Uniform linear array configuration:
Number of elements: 64
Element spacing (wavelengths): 1
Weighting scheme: exponential
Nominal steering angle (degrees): -30
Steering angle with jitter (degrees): -29.792
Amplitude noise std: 0.05
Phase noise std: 0.05

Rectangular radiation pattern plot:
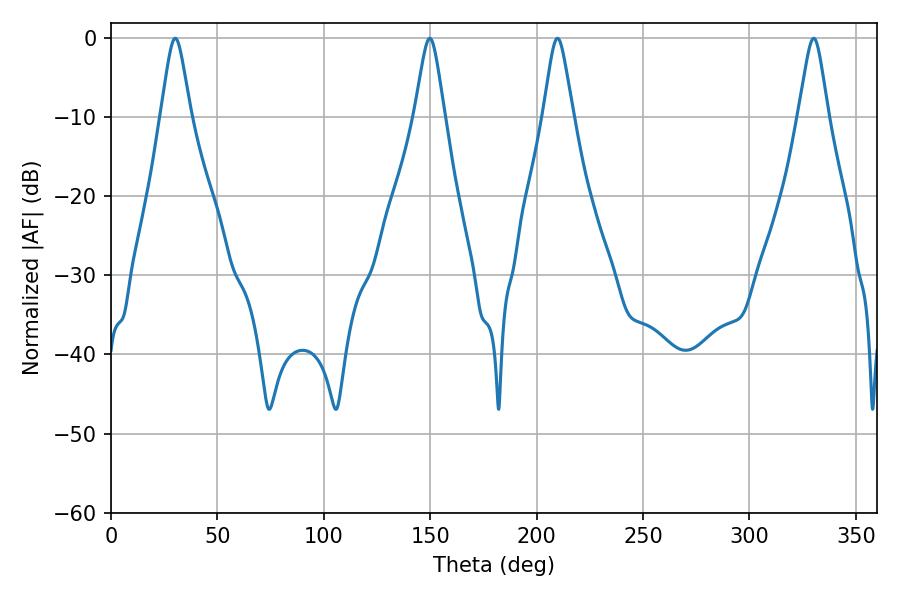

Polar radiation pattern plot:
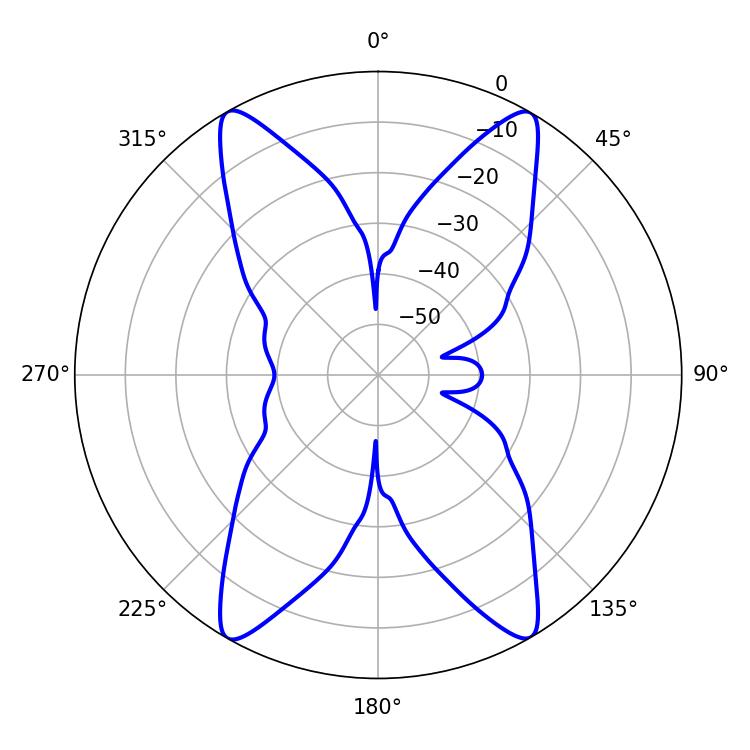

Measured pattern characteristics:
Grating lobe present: TRUE
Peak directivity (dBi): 27.629
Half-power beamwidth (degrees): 6.66
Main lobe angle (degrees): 30.24